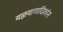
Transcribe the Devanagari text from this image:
यज्ञयागादिकांस